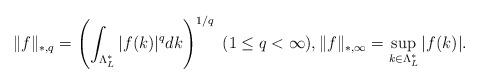
LaTeX: \begin{align*} \| f \|_{*, q} = \left( \int_{\Lambda_L^*} |f(k)|^q dk \right)^{1/q} \ ( 1 \leq q < \infty) , \| f \|_{*, \infty } = \sup_{k \in \Lambda_L^*} |f(k)| . \end{align*}